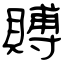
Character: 賻